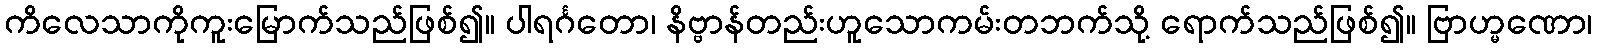
ကိလေသာကိုကူးမြောက်သည်ဖြစ်၍။ ပါရင်္ဂတော၊ နိဗ္ဗာန်တည်းဟူသောကမ်းတဘက်သို့ ရောက်သည်ဖြစ်၍။ ဗြာဟ္မဏော၊